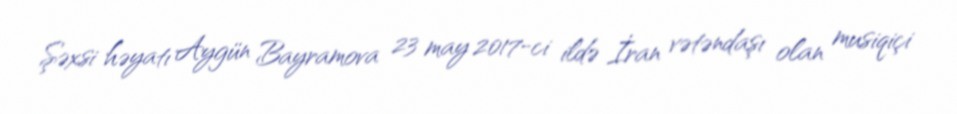
Şəxsi həyatı Aygün Bayramova 23 may 2017-ci ildə İran vətəndaşı olan musiqiçi